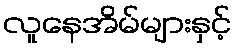
လူနေအိမ်များနှင့်